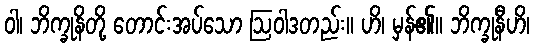
ဝါ၊ ဘိက္ခုနိတို့ တောင်းအပ်သော ဩဝါဒတည်း။ ဟိ၊ မှန်၏။ ဘိက္ခုနီဟိ၊